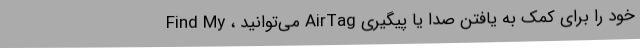
Find My ، می‌توانید AirTag خود را برای کمک به یافتن صدا یا پیگیری